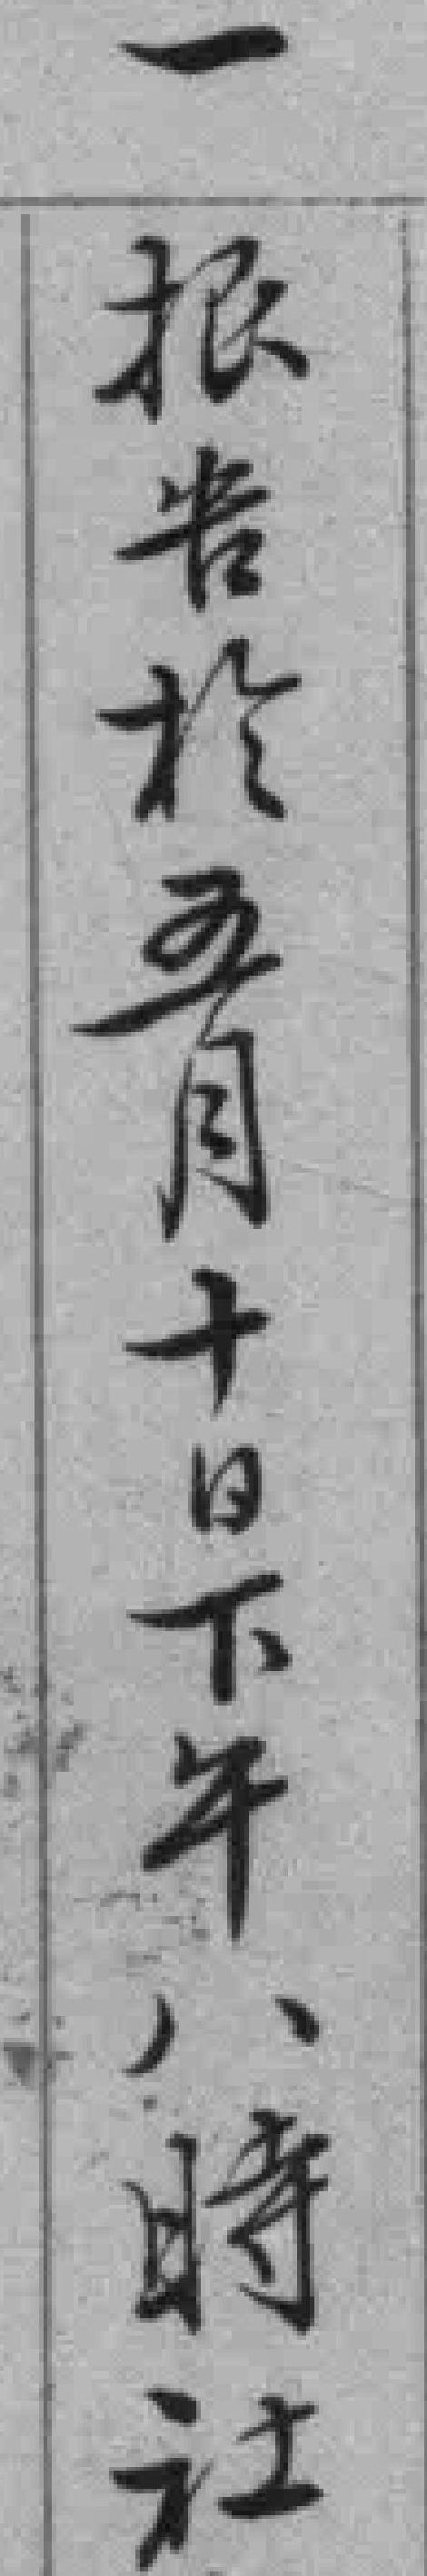
一报告於五月十日下午八時社